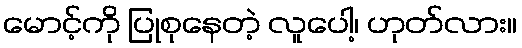
မောင့်ကို ပြုစုနေတဲ့ လူပေါ့၊ ဟုတ်လား။